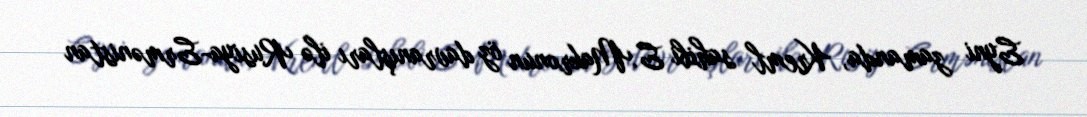
Eyni zamanda, Kreml sahibi E.Makronun öz davranışları ilə Rusiya-Ermənistan